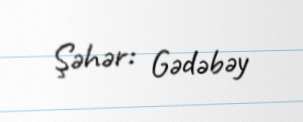
Şəhər: Gədəbəy